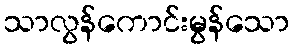
သာလွန်ကောင်းမွန်သော